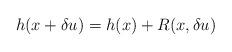
LaTeX: \begin{align*}h(x+\delta u) = h(x) + R(x, \delta u)\end{align*}